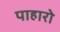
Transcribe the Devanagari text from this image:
पाहारो